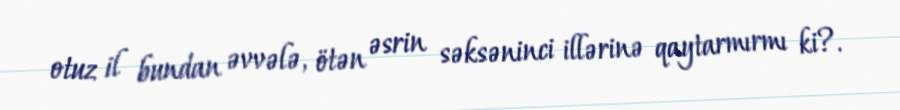
otuz il bundan əvvələ, ötən əsrin səksəninci illərinə qaytarmırmı ki?.